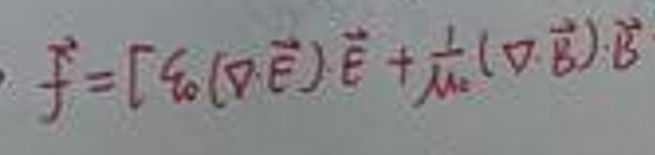
$f = [ \epsilon _ { 0 } ( \nabla \cdot \vec { E } ) \vec { E } + \frac { 1 } { \mu _ { 0 } } ( \nabla \cdot \vec { B } ) \vec { B }$